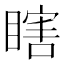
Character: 瞎